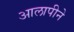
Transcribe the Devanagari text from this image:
आलापीने